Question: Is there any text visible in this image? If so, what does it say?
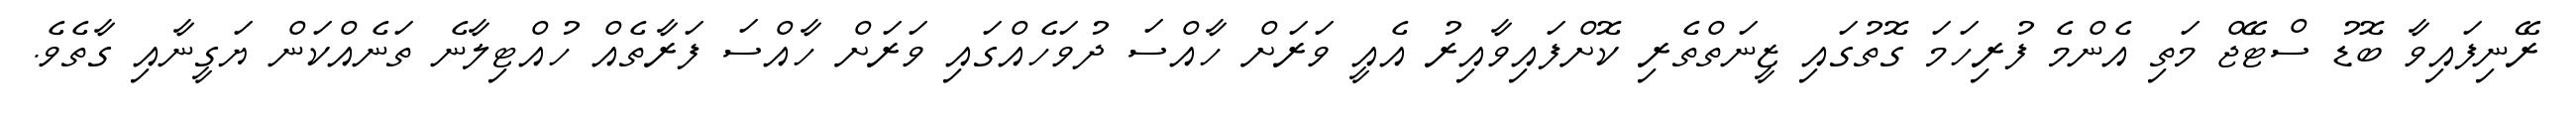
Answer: ރޭނިފައިވާ ބޮޑު ސްޓޭޖް މަތި އެންމެ ފުރިހަމަ ގޮތުގައި ޒީނަތްތެރި ކޮށްފައިވާއިރު އެއީ ވަރަށް ހާއްސަ ދުވަހެއްގައި ވަރަށް ހާއްސަ ފަރާތެއް ހުއްޓިލާނެ ތަނެއްކަން ޔަގީނާއި ގާތެވެ.